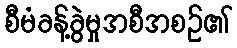
စီမံခန့်ခွဲမှုအစီအစဉ်၏